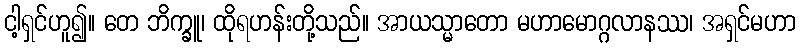
ငါ့ရှင်ဟူ၍။ တေ ဘိက္ခူ၊ ထိုရဟန်းတို့သည်။ အာယသ္မာတော မဟာမောဂ္ဂလာနဿ၊ အရှင်မဟာ